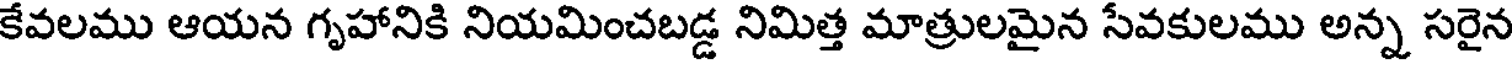
కేవలము ఆయన గృహానికి నియమించబడ్డ నిమిత్త మాత్రులమైన సేవకులము అన్న సరైన